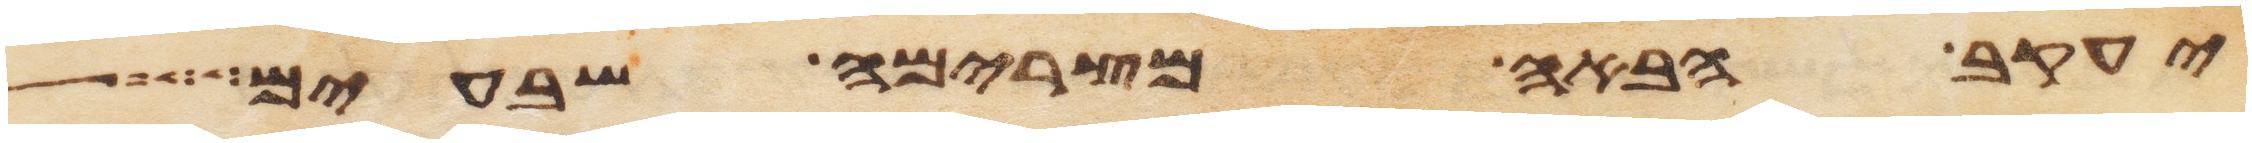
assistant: יעקב הבאה מצרימה שבעים